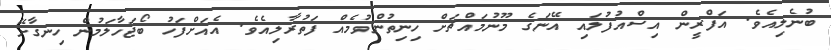
ބުނެލިއެވެ. އަފްރީން އިސްއުފުލައި އޭނަގެ މޫނުމައްޗަށް ހިނިތުންވުމެއް ފަތުރާލިއެވެ. އެއަށްފަހު ބޯޖަހާލަމުން ހިނގާށޭ